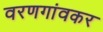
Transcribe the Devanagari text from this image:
वरणगांवकर